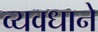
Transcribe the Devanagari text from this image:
व्यवधाने